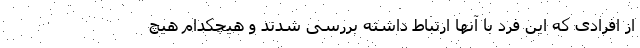
از افرادی که این فرد با آنها ارتباط داشته بررسی شدند و هیچکدام هیچ